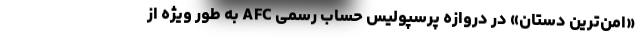
«امن‌ترین دستان» در دروازه پرسپولیس حساب رسمی AFC به طور ویژه از